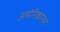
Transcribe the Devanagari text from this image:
अमेरिकानस